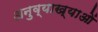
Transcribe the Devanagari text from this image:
अनुव्याख्याओं